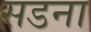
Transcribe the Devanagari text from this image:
सडना